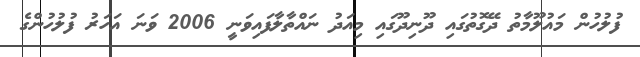
ފުލުހުން މައުލޫމާތު ދޭގޮތުގައި ދޫނިދޫގައި މިއަދު ނައްތާލާފައިވަނީ 2006 ވަނަ އަހަރު ފުލުހުންގެ